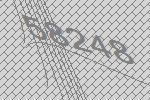
58248